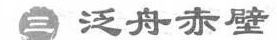
三 泛 舟 赤 壁